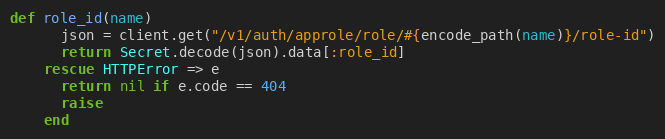
Language: Ruby
def role_id(name)
      json = client.get("/v1/auth/approle/role/#{encode_path(name)}/role-id")
      return Secret.decode(json).data[:role_id]
    rescue HTTPError => e
      return nil if e.code == 404
      raise
    end